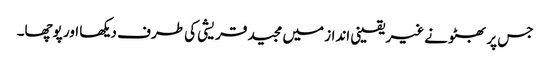
جس پر بھٹو نے غیر یقینی انداز میں مجید قریشی کی طرف دیکھا اور پوچھا۔